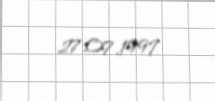
27.07.1997